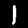
Label: 1